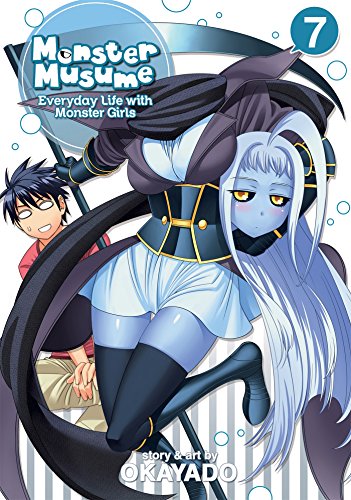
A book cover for Monster Musume Vol. 7; OKAYADO; Comics & Graphic Novels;